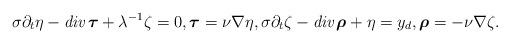
LaTeX: \begin{align*} \sigma \partial_t \eta - \emph{div} \, \boldsymbol{\tau} + \lambda^{-1} \zeta = 0, \boldsymbol{\tau} = \nu \nabla \eta, \sigma \partial_t \zeta - \emph{div} \, \boldsymbol{\rho} + \eta = y_d, \boldsymbol{\rho} = - \nu \nabla \zeta.\end{align*}